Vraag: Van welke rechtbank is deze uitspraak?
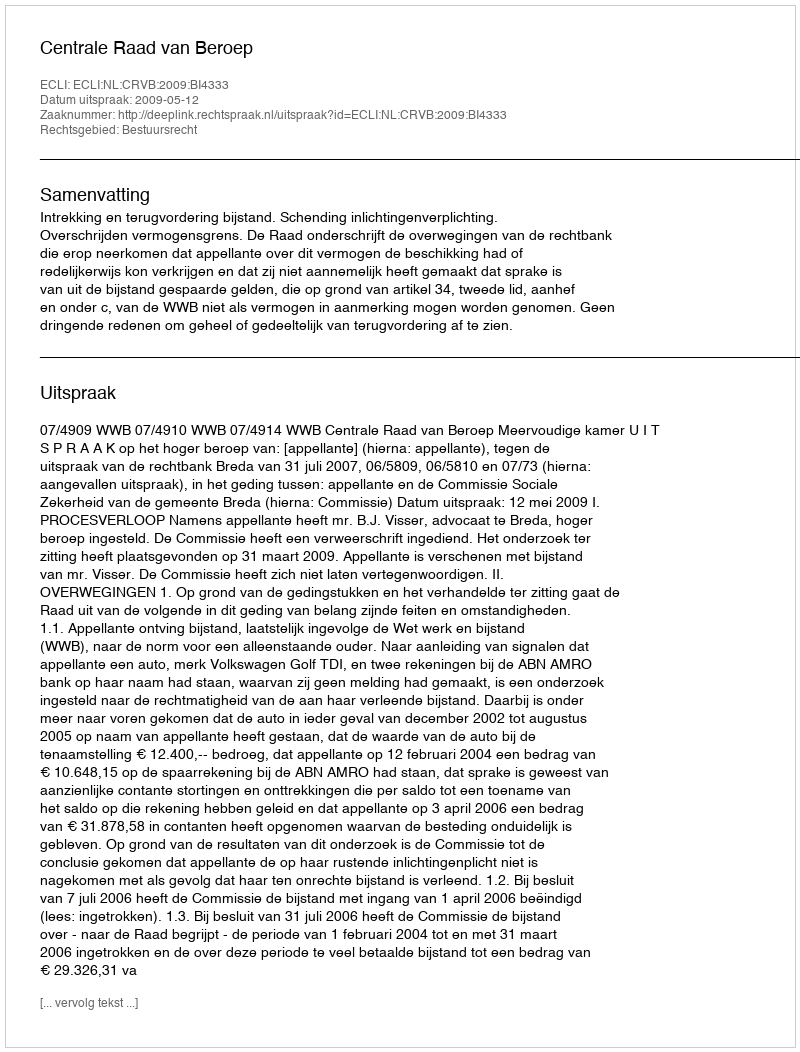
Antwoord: Centrale Raad van Beroep